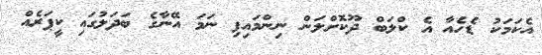
އެކަމަކު ޑެހެއާ އެ ކްލަބް ދޫކޮށްލަން ނިންމައިފި ނަމަ އޭނާގެ ބަދަލުގައި ކީޕަރެއް